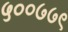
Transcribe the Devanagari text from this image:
५००७७९